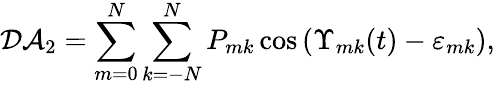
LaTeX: \mathcal{DA}_{2}=\sum_{m=0}^{N}\sum_{k=-N}^{N}P_{mk}\cos\left(\Upsilon_{mk}(t)-\varepsilon_{mk}\right),